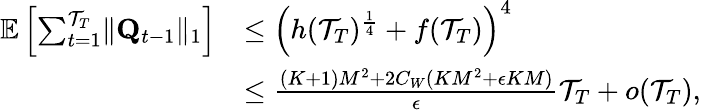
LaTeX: \begin{array}{rl}{\mathbb E\left[\sum_{t=1}^{\mathcal T_{T}}\lVert\mathbf Q_{t-1}\rVert_{1}\right]}&{\le\left(h(\mathcal T_{T})^{\frac 14}+f(\mathcal T_{T})\right)^{4}}\\ &{\le\frac{(K+1)M^{2}+2C_{W}(KM^{2}+\epsilon KM)}\epsilon\mathcal T_{T}+o(\mathcal T_{T}),}\end{array}